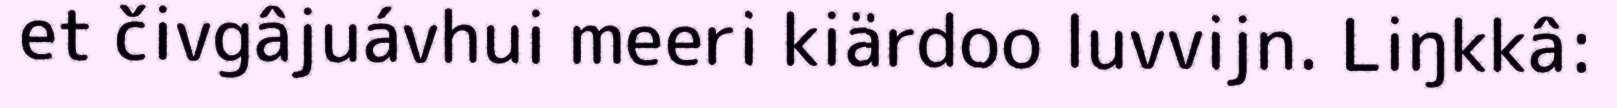
et čivgâjuávhui meeri kiärdoo luvvijn. Liŋkkâ: